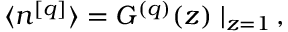
\langle n ^ { [ q ] } \rangle = G ^ { ( q ) } ( z ) \mid _ { z = 1 } \, ,